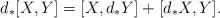
LaTeX: \begin{align*}d_*[X,Y] = [X, d_*Y] + [d_*X,Y]. \end{align*}